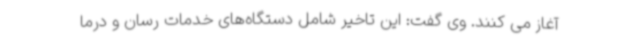
آغاز می کنند. وی گفت: این تاخیر شامل دستگاه‌های خدمات رسان و درما